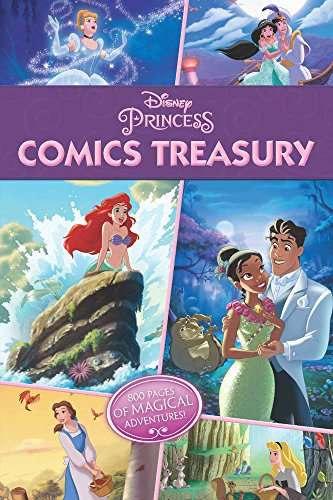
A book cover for Disney Princess Treasury Volume 1 (Disney Princess Omnibus); Disney Storybook Artists; Comics & Graphic Novels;